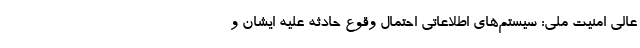
عالی امنیت ملی: سیستم‌های اطلاعاتی احتمال وقوع حادثه علیه ایشان و